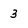
Character: 3